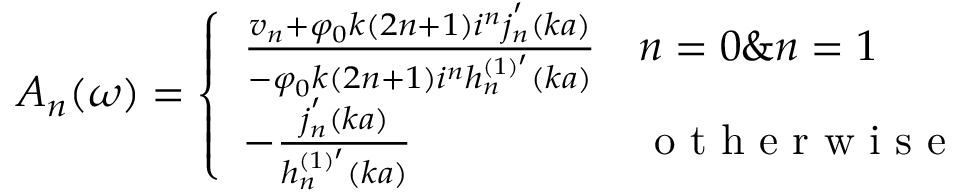
A _ { n } ( \omega ) = \left\{ \begin{array} { l l } { \frac { v _ { n } + \varphi _ { 0 } k ( 2 n + 1 ) i ^ { n } j _ { n } ^ { ' } ( k a ) } { - \varphi _ { 0 } k ( 2 n + 1 ) i ^ { n } h _ { n } ^ { ( 1 ) ^ { \prime } } ( k a ) } } & { n = 0 \& n = 1 } \\ { - \frac { j _ { n } ^ { ' } ( k a ) } { h _ { n } ^ { ( 1 ) ^ { \prime } } ( k a ) } } & { \mathrm { ~ o ~ t ~ h ~ e ~ r ~ w ~ i ~ s ~ e ~ } } \end{array} \right.